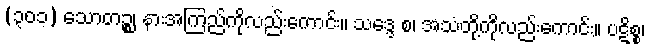
(၃၀၁) သောတဉ္စ၊ နားအကြည်ကိုလည်းကောင်း။ သဒ္ဒေ စ၊ အသံတို့ကိုလည်းကောင်း။ ပဋိစ္စ၊